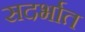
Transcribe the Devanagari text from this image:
सदर्भात